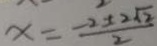
x = \frac { - 2 \pm 2 \sqrt { 2 } } { 2 }